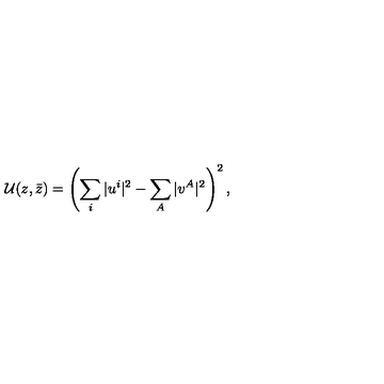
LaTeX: { \cal U } ( z , \bar { z } ) = \left( \sum _ { i } \vert u ^ { i } \vert ^ { 2 } - \sum _ { A } \vert v ^ { A } \vert ^ { 2 } \right) ^ { 2 } ,